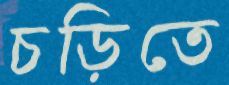
চড়িতে